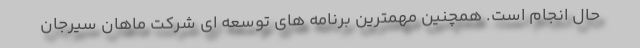
حال انجام است. همچنین مهمترین برنامه های توسعه ای شرکت ماهان سیرجان